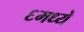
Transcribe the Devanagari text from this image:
६मध्ये